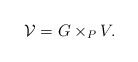
\begin{align*}{\mathcal V}=G\times_P V.\end{align*}